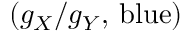
( g _ { X } / g _ { Y } , \, \mathrm { b l u e } )